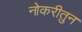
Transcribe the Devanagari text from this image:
नोकरीतुन